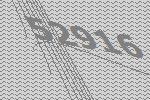
52916